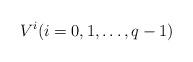
LaTeX: \begin{align*}V^i(i=0,1,\ldots,q-1)\end{align*}